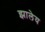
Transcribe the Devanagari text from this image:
झालेय